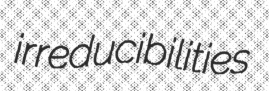
irreducibilities